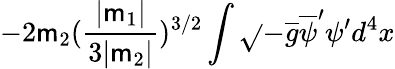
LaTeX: -2\mathsf{m}_{2}(\frac{{|\mathsf{m}_{1}|}}{{3|\mathsf{m}_{2}|}})^{3/2}\int\sqrt{}{{-\overline{{{{g}}}}}}\overline{{{{\psi}}}}^{\prime}\psi^{\prime}d^{4}x